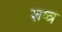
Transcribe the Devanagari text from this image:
शष्त्र